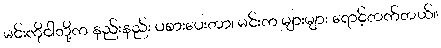
မင်းကိုငါတို့က နည်းနည်း ပစားပေးတာ၊ မင်းက များများ ရောင့်တက်တယ်။